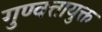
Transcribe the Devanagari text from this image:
गुण्वत्तायुक्त